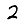
Digit: 2